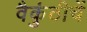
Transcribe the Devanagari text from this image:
वैकुंठीचें